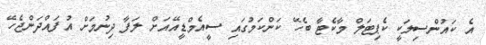
އެ ކައުންސިލަކީ ކެޕިޓަލް މާކެޓާ ބެހޭ ކަންކަމުގައި ސީއެމްޑީއޭއަށް ލަފާ ދިނުމަށް އުފައްދަންޖެހޭ